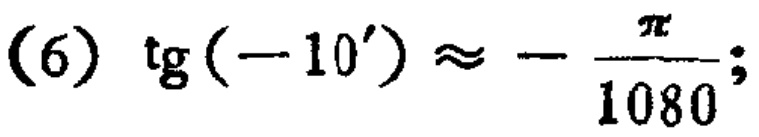
(6) $\mathrm{tg}(-10') \approx -\frac{\pi}{1080}$;